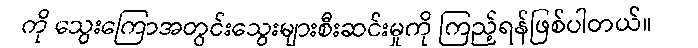
ကို သွေးကြောအတွင်းသွေးများစီးဆင်းမှုကို ကြည့်ရန်ဖြစ်ပါတယ်။